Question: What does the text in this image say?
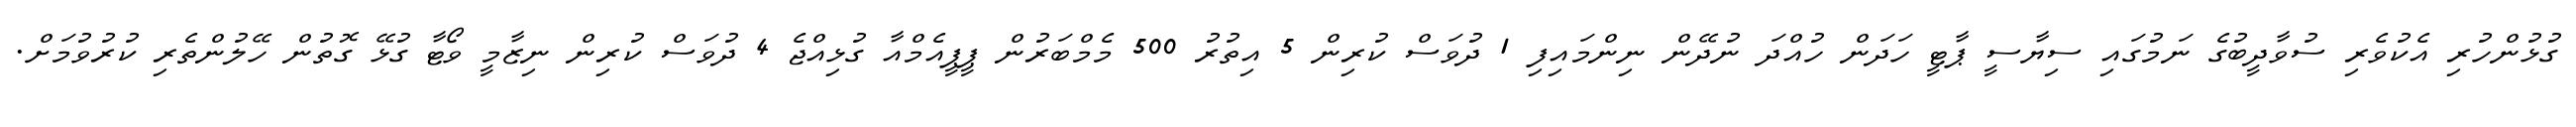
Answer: ގުޅުންހުރި އެކުވެރި ސުވާދީބުގެ ނަމުގައި ސިޔާސީ ޕާޓީ ހަދަން ހުއްދަ ނުދޭން ނިންމައިފި 1 ދުވަސް ކުރިން 5 އިތުރު 500 މެމްބަރުން ޕީޕީއެމްއާ ގުޅިއްޖެ 4 ދުވަސް ކުރިން ނިޒާމީ ވޯޓާ ގުޅޭ ގޮތުން ހޭލުންތެރި ކުރުވުމަށް.